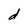
Character: d